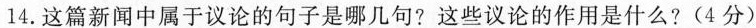
14.这篇新闻中属于议论的句子是哪几句?这些议论的作用是什么?(4分)